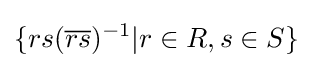
\{rs({\overline {rs}})^{-1}|r\in R,s\in S\}